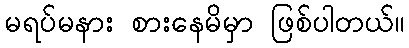
မရပ်မနား စားနေမိမှာ ဖြစ်ပါတယ်။